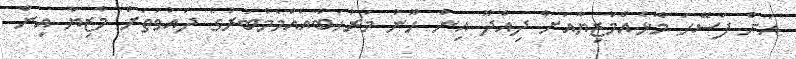
އަށް ފަސޭހަ މޮޅެއްމާޒިޔާއަށް ދިއްދޫ އިން ހޫނު މަރުހަބާއެއްމެމްބަރުގެ ދައުވަތަށް މާޒިޔާ އިން